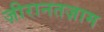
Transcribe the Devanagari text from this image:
ज़ीरानतज़ाम